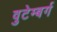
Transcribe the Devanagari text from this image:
वुटेम्बर्ग